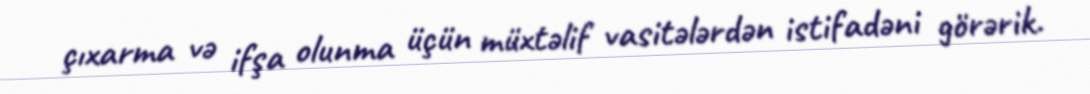
çıxarma və ifşa olunma üçün müxtəlif vasitələrdən istifadəni görərik.